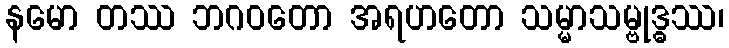
နမော တဿ ဘဂဝတော အရဟတော သမ္မာသမ္ဗုဒ္ဓဿ၊